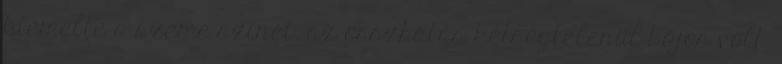
kiemelte a szeme színét, az összhatás kétségtelenül bájos volt.